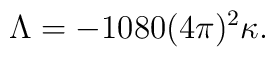
\Lambda = - 1080  (4\pi)^2 \kappa.